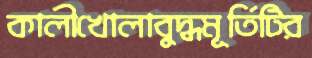
কালীখোলাবুদ্ধমূর্তিটির